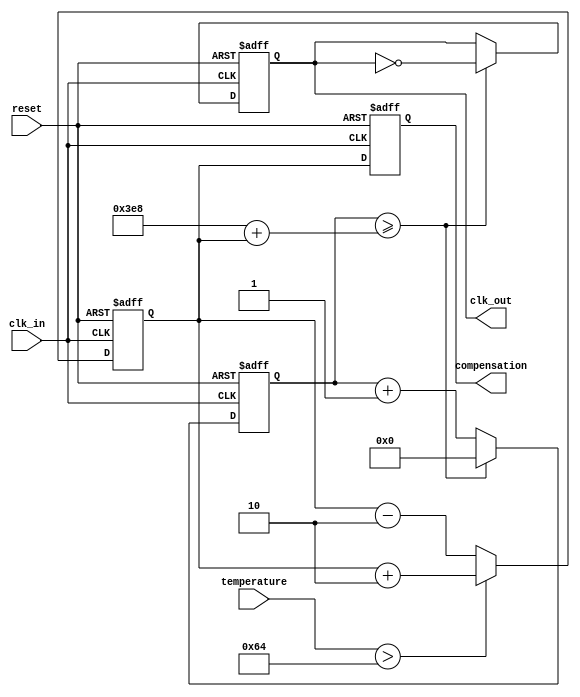
module TempCompensatedClockBuffer (
    input wire clk_in,                // Input clock signal
    input wire [7:0] temperature,     // Temperature input (0-255 for example)
    output reg clk_out,               // Output clock signal
    output reg [7:0] compensation,     // Compensation settings
    input wire reset                   // Reset signal
);

    // Parameters
    parameter THRESHOLD_TEMP = 8'd100; // Example threshold temperature
    parameter DELAY_INCREMENT = 2;      // Increment for delay adjustment

    // Internal signals
    reg [7:0] delay_setting;            // Delay setting based on temperature
    reg [15:0] counter;                 // Counter for clock generation

    // Clock buffering logic
    always @(posedge clk_in or posedge reset) begin
        if (reset) begin
            counter <= 0;
            clk_out <= 0;
            delay_setting <= 0;
            compensation <= 0;
        end else begin
            // Adjust delay setting based on temperature
            if (temperature > THRESHOLD_TEMP) begin
                delay_setting <= delay_setting + DELAY_INCREMENT; // Increase delay
            end else begin
                delay_setting <= delay_setting - DELAY_INCREMENT; // Decrease delay
            end
            
            // Compensate for delay setting
            if (counter >= (1000 + delay_setting)) begin // Example delay adjustment logic
                clk_out <= ~clk_out; // Toggle output clock
                counter <= 0; // Reset counter
            end else begin
                counter <= counter + 1; // Increment counter
            end
            
            // Update compensation settings
            compensation <= delay_setting;
        end
    end

endmodule